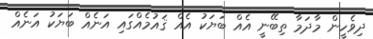
ދިވެހީން މާދަމާ ތިބޭނީ އެއް ބަޔަކު އެއް ޤައުމެއްގައި އަނެއް ބަޔަކު އަނެއް